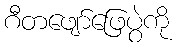
ဂီတဖျော်ဖြေပွဲကို